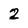
Character: 2